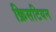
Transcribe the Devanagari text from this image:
क्रिसटियन